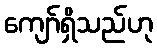
ကျော်ရှိသည်ဟု